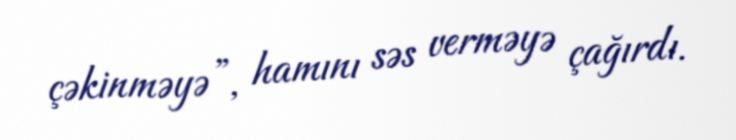
çəkinməyə”, hamını səs verməyə çağırdı.